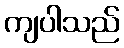
ကျပါသည်